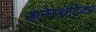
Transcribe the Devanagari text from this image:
अनेस्थेटिक्स